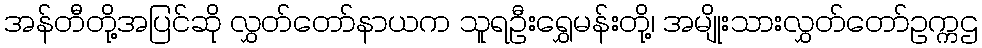
အန်တီတို့အပြင်ဆို လွှတ်တော်နာယက သူရဦးရွှေမန်းတို့၊ အမျိုးသားလွှတ်တော်ဥက္ကဌ